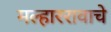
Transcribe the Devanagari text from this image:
मल्हाररावाचे